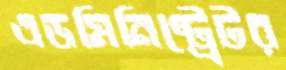
এডমিনিষ্ট্রেটর